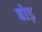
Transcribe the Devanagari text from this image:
बोड़